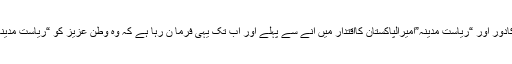
یہ تھا خلفائے راشدین کادور اور “ریاست مدینہ”امیرالپاکستان کااقتدار میں آنے سے پہلے اور اب تک یہی فرما ن رہا ہے کہ وہ وطن عزیز کو “ریاست مدینہ”بناکر ہی دم لیں گے ۔